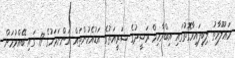
މަޢުލޫމާތު ލިބިފައިވާގޮތުގައި އިބްރާހިމް ރަޝީދުގެ ޝަރީއަތުގެ އަޑުއެހުންތައް އަންނަމަހުގެ 17 ގައި ބޭއްވުމަށް